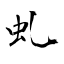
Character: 虬